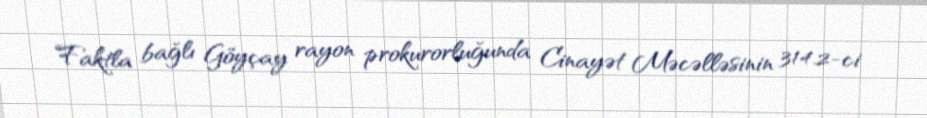
Faktla bağlı Göyçay rayon prokurorluğunda Cinayət Məcəlləsinin 314.2-ci